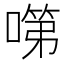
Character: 𭊗